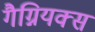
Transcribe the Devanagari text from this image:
गैग्नियक्स